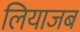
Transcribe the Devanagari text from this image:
लियाजब